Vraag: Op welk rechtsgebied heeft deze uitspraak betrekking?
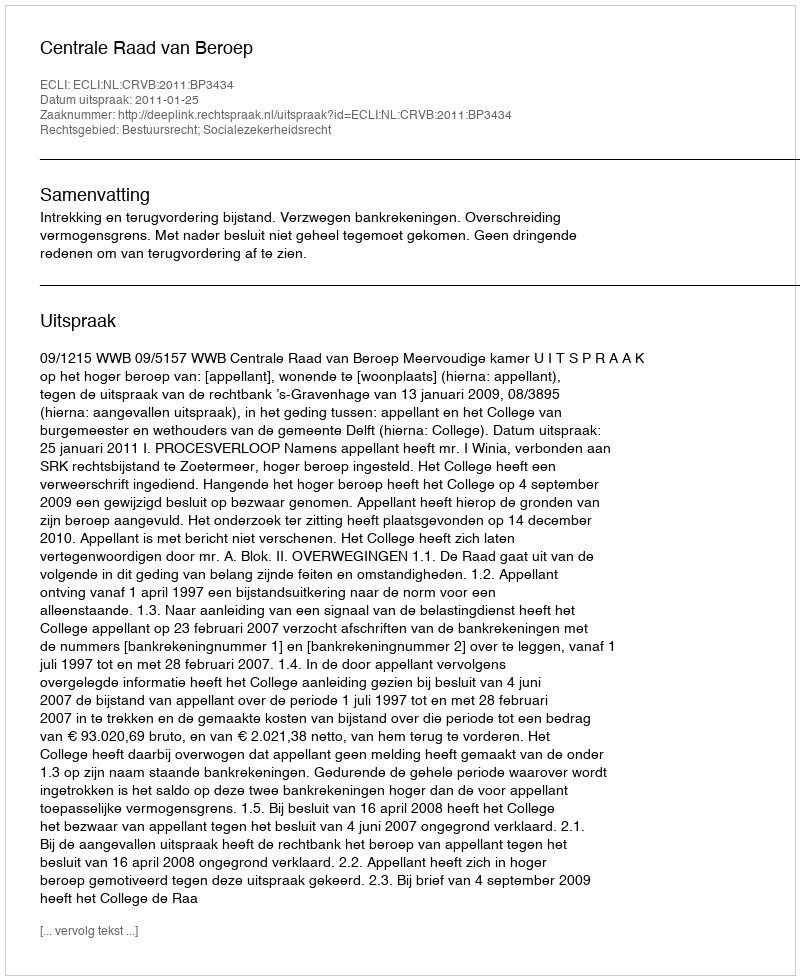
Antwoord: Bestuursrecht; Socialezekerheidsrecht